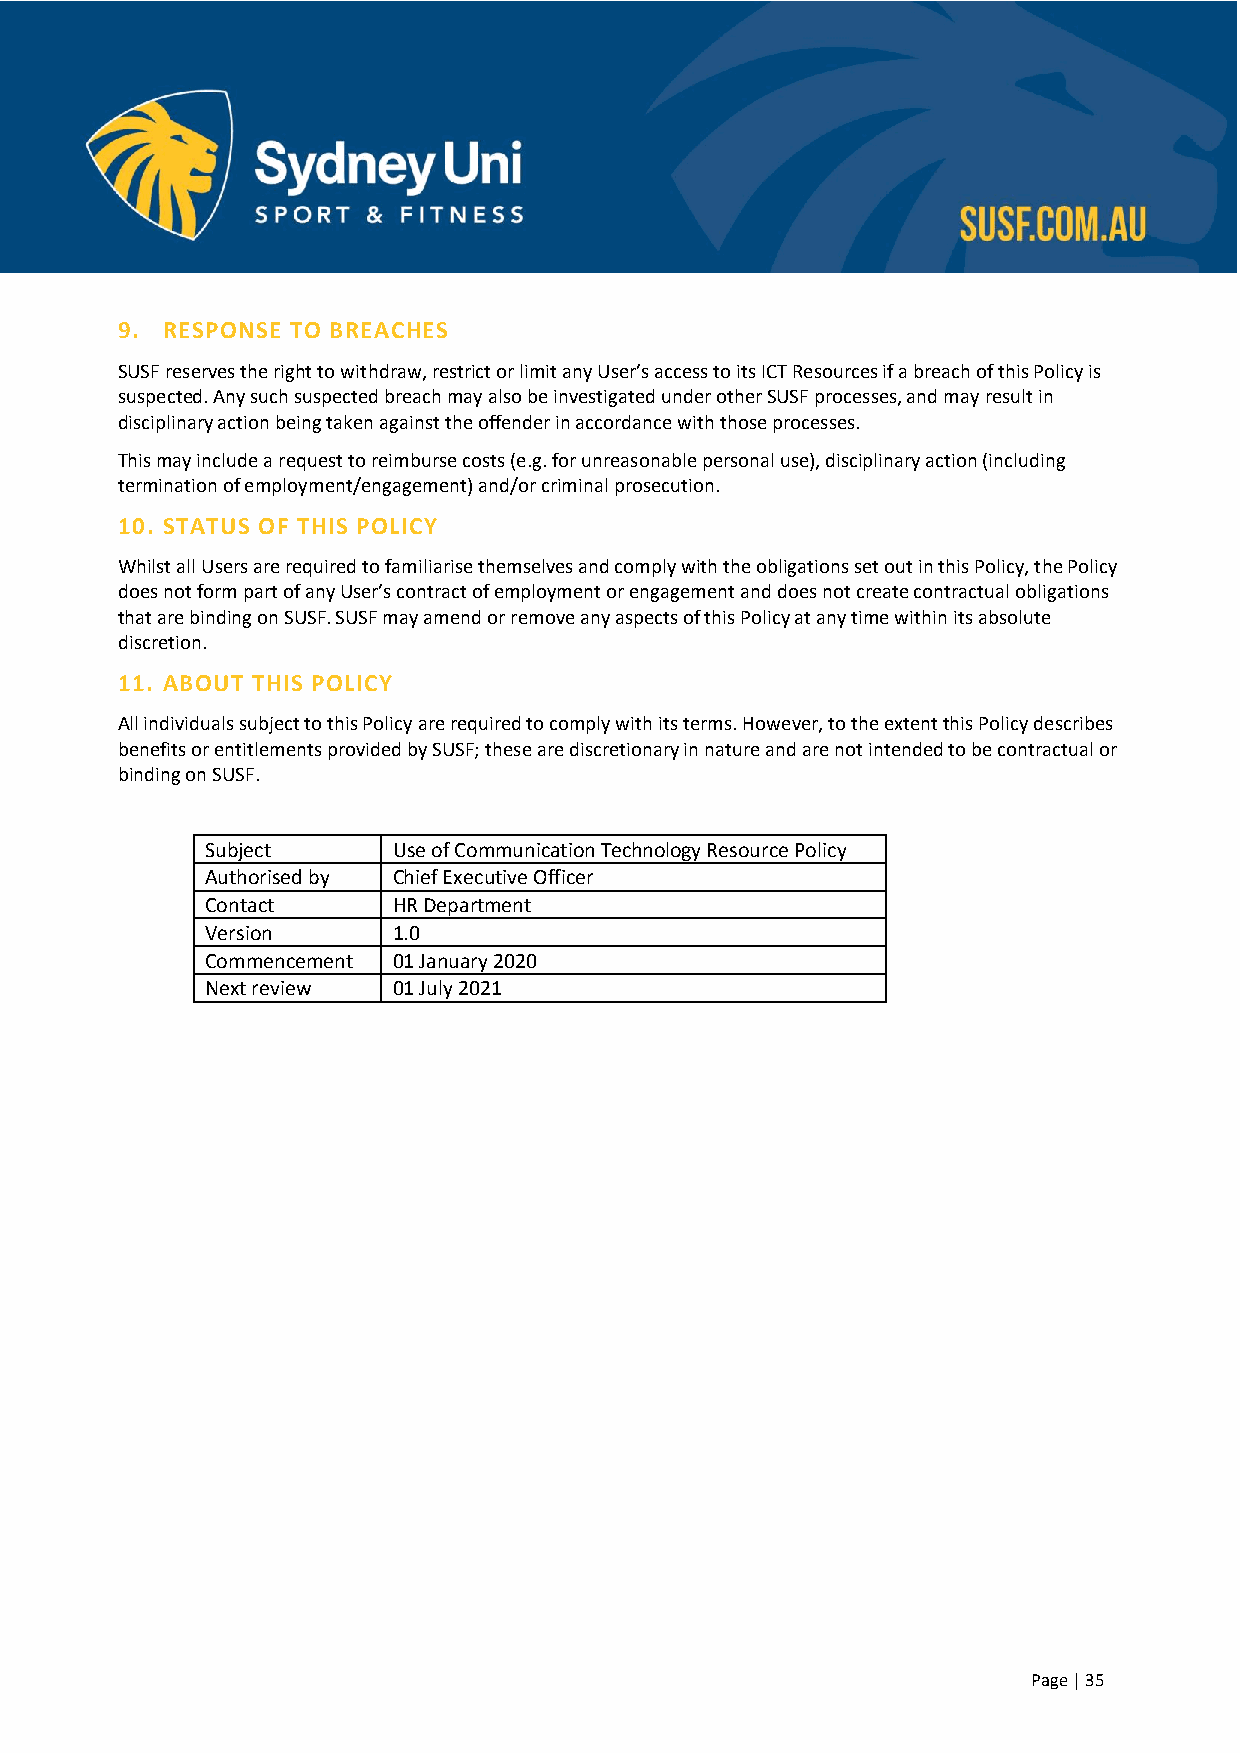
9. RESPONSE TO BREACHES
 SUSF reserves the right to withdraw, restrict or limit any User’s access to its ICT Resources if a breach of this Policy is
 suspected. Any such suspected breach may also be investigated under other SUSF processes, and may result in
 disciplinary action being taken against the offender in accordance with those processes.
 This may include a request to reimburse costs (e.g. for unreasonable personal use), disciplinary action (including
 termination of employment/engagement) and/or criminal prosecution.
 10. STATUS OF THIS POLICY
 Whilst all Users are required to familiarise themselves and comply with the obligations set out in this Policy, the Policy
 does not form part of any User’s contract of employment or engagement and does not create contractual obligations
 that are binding on SUSF. SUSF may amend or remove any aspects of this Policy at any time within its absolute
 discretion.
 11. ABOUT THIS POLICY
 All individuals subject to this Policy are required to comply with its terms. However, to the extent this Policy describes
 benefits or entitlements provided by SUSF; these are discretionary in nature and are not intended to be contractual or
 binding on SUSF.
 Subject     Use of Communication Technology Resource Policy
 Authorised by Chief Executive Officer
 Contact     HR Department
 Version     1.0
 Commencement 01 January 2020
 Next review 01 July 2021
 Page | 35